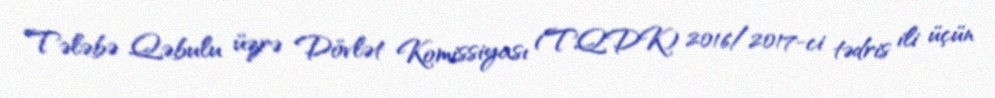
Tələbə Qəbulu üzrə Dövlət Komissiyası (TQDK) 2016/2017-ci tədris ili üçün